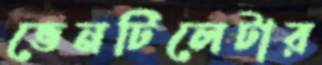
ভেনটিলেটার